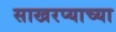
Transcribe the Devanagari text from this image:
साखरप्याच्या